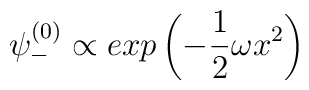
\psi^{(0)}_- \propto exp\left(-\frac{1}{2}\omega x^2\right)